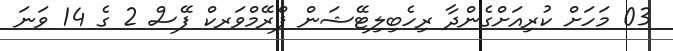
03 މަހަށް ކުރިއަށްގެންދާ ރިހެބިލިޓޭޝަން ފްރޭމްވަރކް ފޭސް 2 ގެ 14 ވަނަ